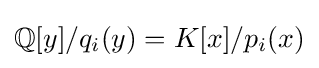
\mathbb {Q} [y]/q_{i}(y)=K[x]/p_{i}(x)